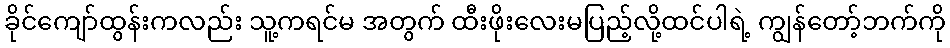
ခိုင်ကျော်ထွန်းကလည်း သူ့ကရင်မ အတွက် ထီးဖိုးလေးမပြည့်လို့ထင်ပါရဲ့ ကျွန်တော့်ဘက်ကို